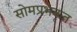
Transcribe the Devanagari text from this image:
सोमप्रभकृत